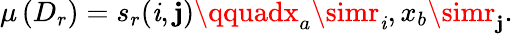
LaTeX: \mu\left(D_{r}\right)=s_{r}(\mathit{i},\mathbf{j})\qquadx_{a}\simr_{\mathit{i}},x_{b}\simr_{\mathbf{j}}.